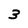
Character: 3